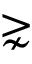
\gnsim